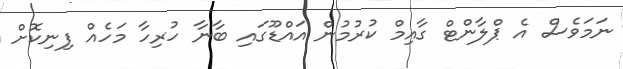
ނަމަވެސް އެ ޕްލާންޓް ގާއިމް ކުރުމުން އައްޑޫގައި ބާނާ ހުރިހާ މަހެއް ފިނިކޮށް